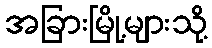
အခြားမြို့များသို့